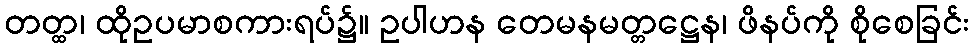
တတ္ထ၊ ထိုဥပမာစကားရပ်၌။ ဥပါဟန တေမနမတ္တဋ္ဌေန၊ ဖိနပ်ကို စိုစေခြင်း